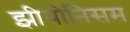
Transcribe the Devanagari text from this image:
झीयोनिसम